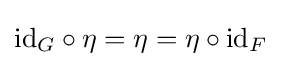
\mathrm {id} _{G}\circ \eta =\eta =\eta \circ \mathrm {id} _{F}